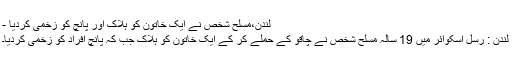
لندن،مسلح شخص نے ایک خاتون کو ہلاک اور پانچ کو زخمی کردیا -
لندن : رسل اسکوائر میں 19 سالہ مسلح شخص نے چاقو کے حملے کر کے ایک خاتون کو ہلاک جب کہ پانچ افراد کو زخمی کردیا۔